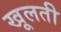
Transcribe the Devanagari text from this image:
खूलती